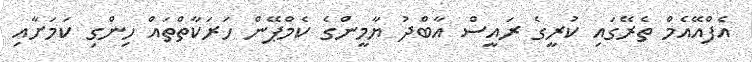
އެފްއޭއެމް ތެރޭގައި ކުރީގެ ރައީސް އާބްދު ޔާމީންގެ ކެމްޕޭން ހަރަކާތްތައް ހިންގި ކަމަށާއި